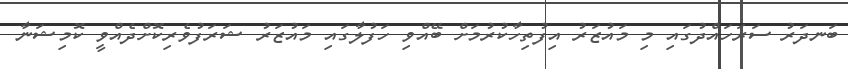
ބަނދަރު ސަރަހައްދުގައި މި މައުޒަރު އިފުތިހާކުރުމަށް ބޭއްވި ހަފުލާގައި މައުޒަރު ޝަރަފުވެރިކޮށްދެއްވީ ކޮމިޝަނާ